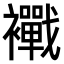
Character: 𧟀